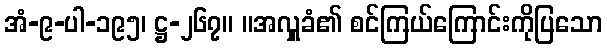
အံ-၉-ပါ-၁၉၅၊ ဋ္ဌ-၂၆၇။ ။အလှူခံ၏ စင်ကြယ်ကြောင်းကိုပြသော